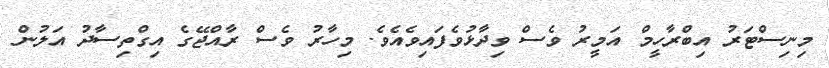
މިނިސްޓަރު އިބްރާހީމް އަމީރު ވެސް ވިދާޅުވެފައިވެއެވެ. މިހާރު ވެސް ރާއްޖޭގެ އިގްތިސާދު އަލުން